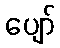
ပျော်